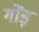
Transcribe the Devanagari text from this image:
गोंड़